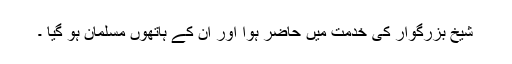
شیخ بزرگوار کی خدمت میں حاضر ہوا اور ان کے ہاتھوں مسلمان ہو گیا ۔